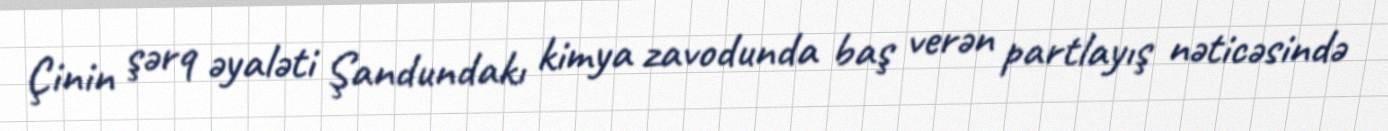
Çinin şərq əyaləti Şandundakı kimya zavodunda baş verən partlayış nəticəsində